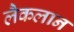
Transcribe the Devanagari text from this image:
लैकलान